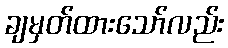
ချမှတ်ထားသော်လည်း